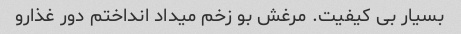
بسیار بی کیفیت. مرغش بو زخم میداد انداختم دور غذارو